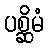
ပစ္ဆိမံ